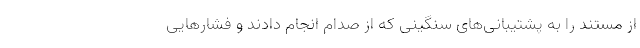
از مستند را به پشتیبانی‌های سنگینی که از صدام انجام دادند و فشارهایی